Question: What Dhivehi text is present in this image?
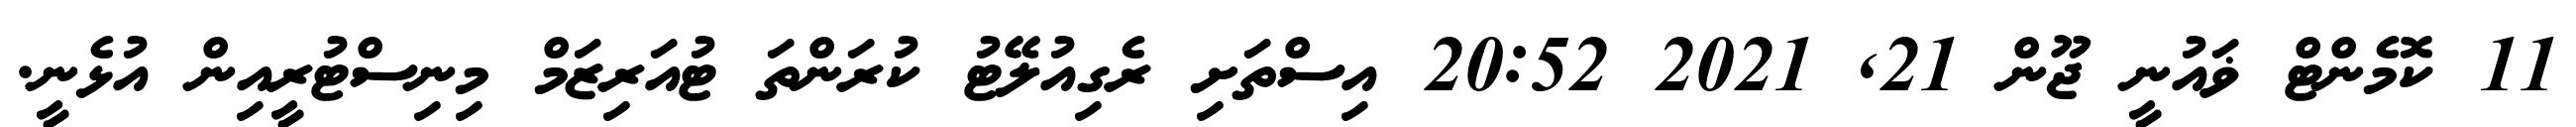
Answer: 11 ކޮމެންޓް ޥައުނީ ޖޫން 21, 2021 20:52 އިސްތަށި ރެގިއުލޭޓު ކުރަންތަ ޓުއަރިޒަމް މިނިސްޓުރީއިން އުޅެނީ.